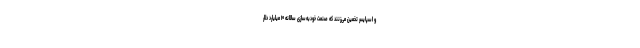
و اسپایسر تخمین می‌زنند که صنعت خودبه‌سازی سالانه ۱۰ میلیارد دلار